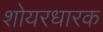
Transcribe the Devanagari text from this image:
शोयरधारक